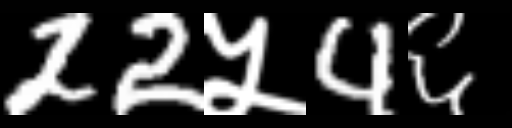
Text: 22५4६